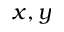
x , y